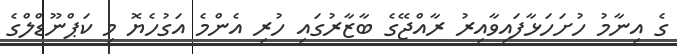
ގެ އިނާމު ހުށަހަޅާފައިވާއިރު ރާއްޖޭގެ ބާޒާރުގައި ހުރި އެންމެ އަގުހެޔޮ މި ކަޕްނޫޑްލްގެ